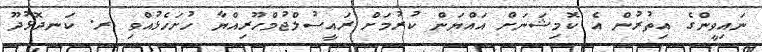
ނައިވީންގެ އިތުރުން އެ ކޮމިޝަނަށް އައްޔަން ކުރުމަށް ރައީސުލްޖުމްހޫރިއްޔާ ހުށަހެޅުއްވި ރ. ކަނދޮޅުދޫ